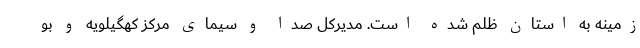
زمینه به استان ظلم شده است. مدیرکل صدا و سیمای مرکز کهگیلویه و بو